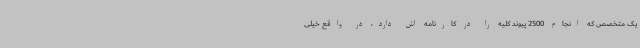
یک متخصص که انجام 2500 پیوند کلیه را در کارنامه اش دارد، در واقع خیلی